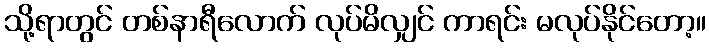
သို့ရာတွင် တစ်နာရီလောက် လုပ်မိလျှင် ကာရင်း မလုပ်နိုင်တော့။